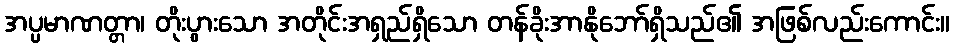
အပ္ပမာဏတ္တာ၊ တိုးပွားသော အတိုင်းအရှည်ရှိသော တန်ခိုးအာနိုဘော်ရှိသည်၏ အဖြစ်လည်းကောင်း။